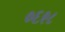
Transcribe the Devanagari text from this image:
०६९८